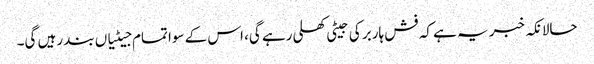
حالانکہ خبر یہ ہے کہ فش ہاربر کی جیٹی کھلی رہے گی، اس کے سوا تمام جیٹیاں بند رہیں گی۔